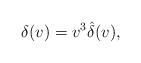
LaTeX: \begin{align*} \delta(v)=v^3\hat{\delta}(v),\end{align*}